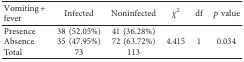
| Vomiting + fever | Infected | Noninfected | χ2 | df | p value |
 | --- | --- | --- | --- | --- | --- |
 | Presence | 38 (52.05%) | 41 (36.28%) | <ROWSPAN=3> 4.415 | <ROWSPAN=3> 1 | <ROWSPAN=3> 0.034 |
 | Absence | 35 (47.95%) | 72 (63.72%) |
 | Total | 73 | 113 |